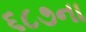
૬૮૭ના